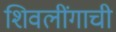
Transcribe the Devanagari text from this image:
शिवलींगाची